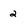
Character: 2